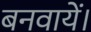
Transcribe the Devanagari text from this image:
बनवायें।